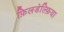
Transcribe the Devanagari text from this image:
फ़िलडेल्फ़िया